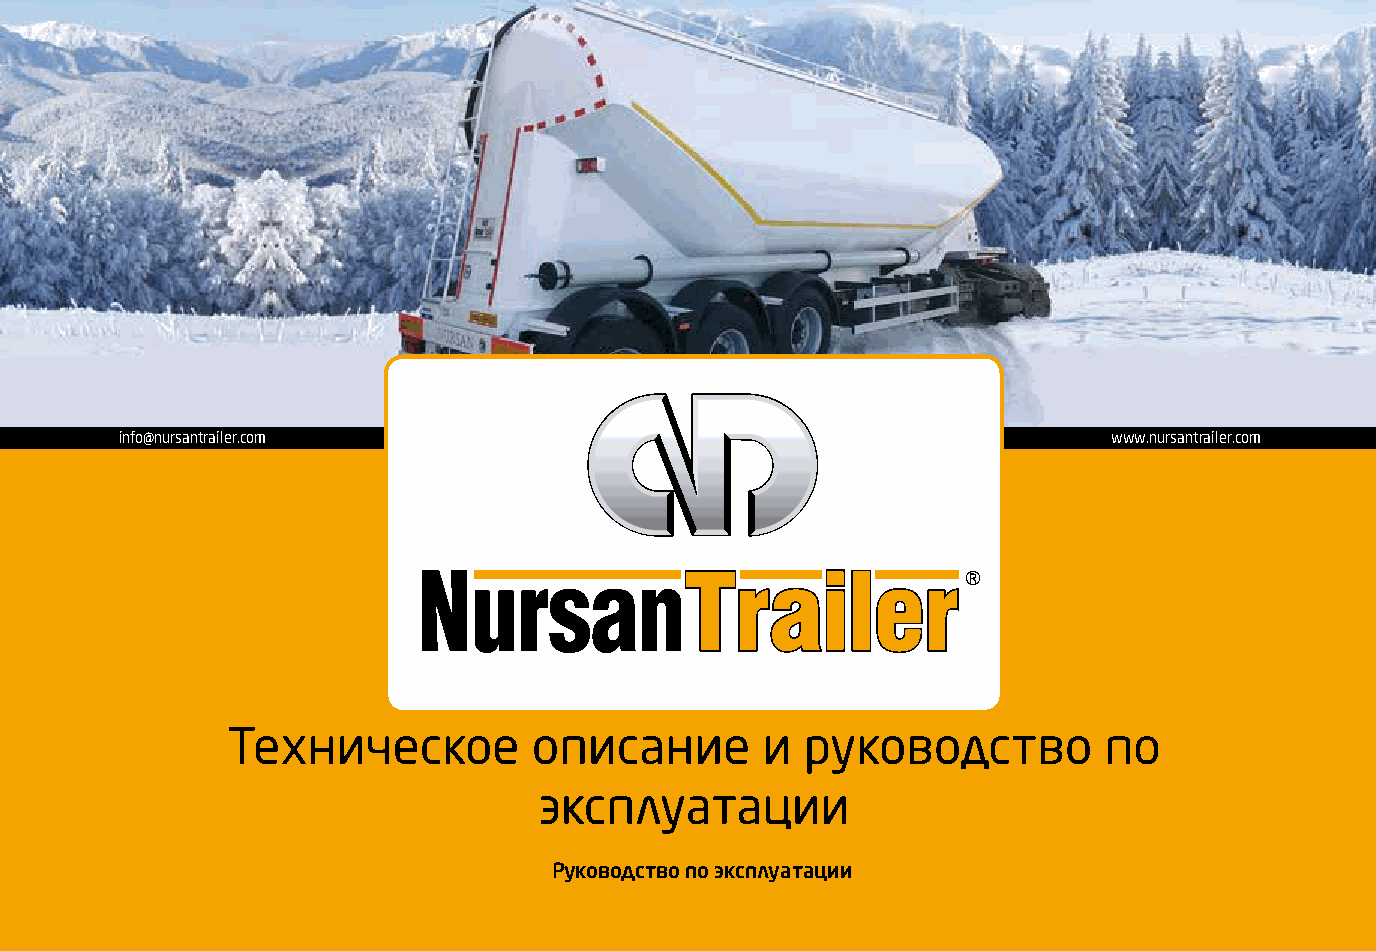
info@nursantrailer.com                                            www.nursantrailer.com
 Trailer®
 Техническое         описание       и  руководство         по
 эксплуатации
 Руководство по эксплуатации